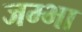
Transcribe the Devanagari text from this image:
जम्भा